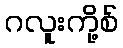
ဂလူးကို့စ်